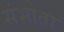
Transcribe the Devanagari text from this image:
संभोता